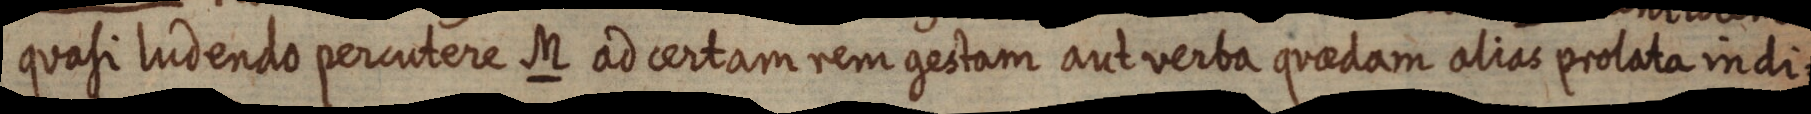
quasi Iudendo percutere M ad certam rem gestam aut verba quaedam alias prolata indi